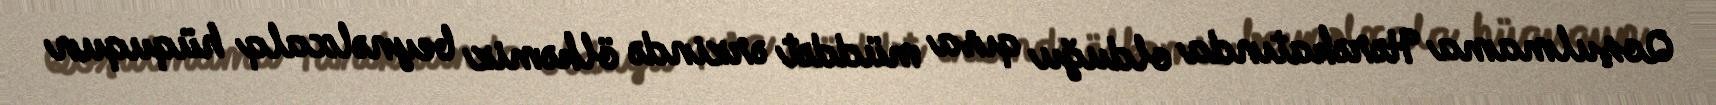
Qoşulmama Hərəkatında olduğu qısa müddət ərzində ölkəmiz beynəlxalq hüququn